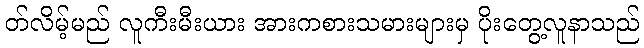
တ်လိမ့်မည် လူကီးမီးယား အားကစားသမားများမှ ပိုးတွေ့လူနာသည်